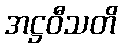
အဋ္ဌဝီသတိ